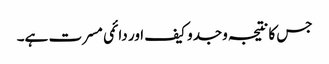
جس کا نتیجہ وجدو کیف اور دائمی مسرت ہے۔